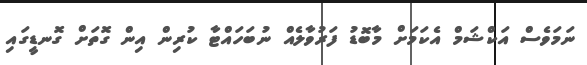
ނަމަވެސް އަކްޝަމް އެކަމަށް މާބޮޑު ފަރުވާލެއް ނުބަހައްޓާ ކުރިން އިން ގޮތަށް ގޮނޑީގައި